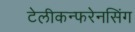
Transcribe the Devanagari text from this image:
टेलीकन्फरेनसिंग